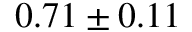
0 . 7 1 \pm 0 . 1 1